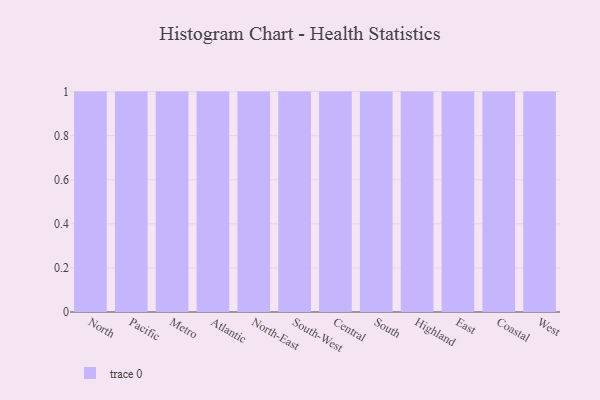
{"axis": {"x": "Region", "y": "Headcount"}, "legend": [""], "data": [{"x": "North", "y": 21, "type": ""}, {"x": "Pacific", "y": 54, "type": ""}, {"x": "Metro", "y": 53, "type": ""}, {"x": "Atlantic", "y": 36, "type": ""}, {"x": "North-East", "y": 46, "type": ""}, {"x": "South-West", "y": 93, "type": ""}, {"x": "Central", "y": 31, "type": ""}, {"x": "South", "y": 33, "type": ""}, {"x": "Highland", "y": 46, "type": ""}, {"x": "East", "y": 19, "type": ""}, {"x": "Coastal", "y": 74, "type": ""}, {"x": "West", "y": 40, "type": ""}]}